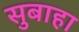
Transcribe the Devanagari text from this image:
सुबाहा